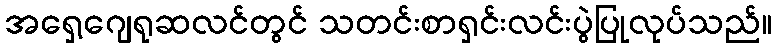
အရှေ့ဂျေရုဆလင်တွင် သတင်းစာရှင်းလင်းပွဲပြုလုပ်သည်။